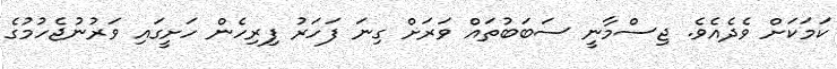
ކަމަކަށް ވެދެއެވެ. ޖިސްމާނީ ސަބަބުތައް ވަރަށް ގިނަ ފަހަރު ފިރިހެން ހަށީގައި ވަރުނުޖެހުމުގެ